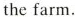
the farm.